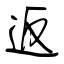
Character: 返